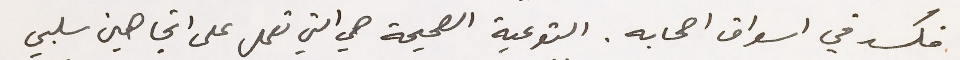
فكسد في اسواق اصحابه. التوعية الصحيحة هي التي تعمل على اتجاهين سلبي